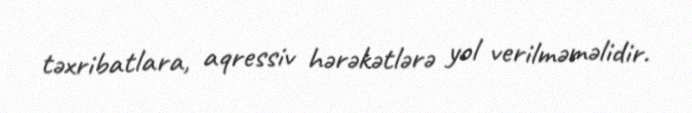
təxribatlara, aqressiv hərəkətlərə yol verilməməlidir.